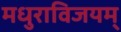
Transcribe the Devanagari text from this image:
मधुराविजयम्